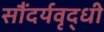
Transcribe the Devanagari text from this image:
सौंदर्यवृद्धी